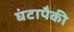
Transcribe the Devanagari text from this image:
घंटापैकी